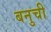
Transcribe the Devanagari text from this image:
बनुची